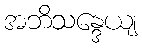
အဘိသန္ဒေယျ